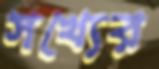
সখ্যের